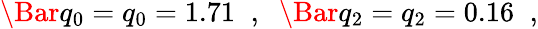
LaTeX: \begin{array}{r}{\Bar{q}_{0}=q_{0}=1.71\; \; ,\; \; \Bar{q}_{2}=q_{2}=0.16\; \; ,}\end{array}